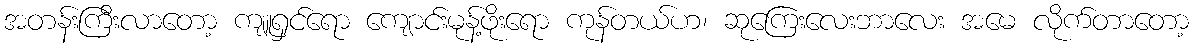
အတန်းကြီးလာတော့ ကျူရှင်ရော ကျောင်းမုန့်ဖိုးရော ကုန်တယ်ဟ၊ ဆုကြေးလေးဘာလေး အမေ လိုက်တာတော့